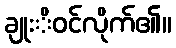
ချုးိဝင်လိုက်၏။